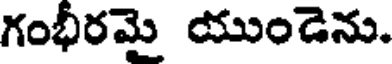
గంభీరమై యుండెను.